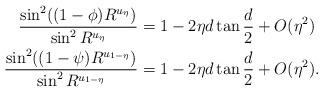
LaTeX: \begin{align*} \frac{\sin^2 ((1-\phi)R^{u_\eta})}{\sin^2 R^{u_\eta}} &= 1- 2\eta d \tan \frac{d}{2} + O(\eta^2)\\ \frac{\sin^2 ((1-\psi)R^{u_{1-\eta}})}{\sin^2 R^{u_{1-\eta}}} &= 1- 2\eta d \tan \frac{d}{2}+ O(\eta^2).\end{align*}